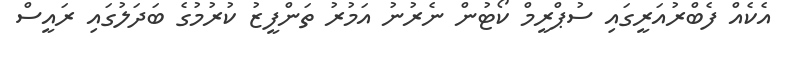
އެކެއް ފެބްރުއަރީގައި ސުޕްރީމް ކޯޓުން ނެރުނު އަމުރު ތަންފީޒު ކުރުމުގެ ބަދަލުގައި ރައީސް